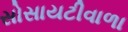
સોસાયટીવાળા